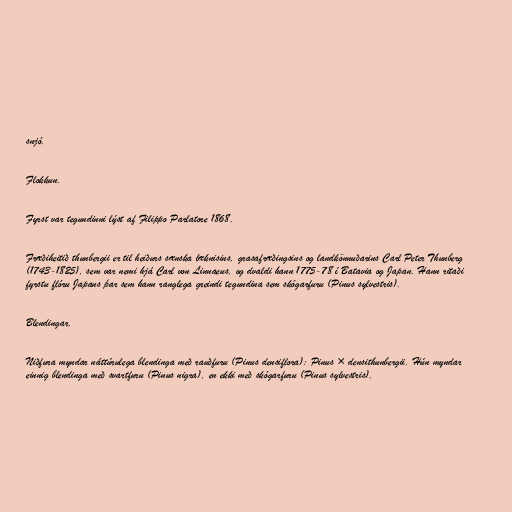
snjó.

Flokkun.

Fyrst var tegundinni lýst af Filippo Parlatore 1868.

Fræðiheitið thunbergii er til heiðurs sænska læknisins, grasafræðingsins og landkönnuðarins Carl Peter Thunberg
(1743-1825), sem var nemi hjá Carl von Linnaeus, og dvaldi hann 1775-78 í Batavia og Japan. Hann ritaði
fyrstu flóru Japans þar sem hann ranglega greindi tegundina sem skógarfuru (Pinus sylvestris).

Blendingar.

Niðfura myndar náttúrulega blendinga með rauðfuru (Pinus densiflora): Pinus × densithunbergii. Hún myndar
einnig blendinga með svartfuru (Pinus nigra), en ekki með skógarfuru (Pinus sylvestris).